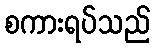
စကားရပ်သည်